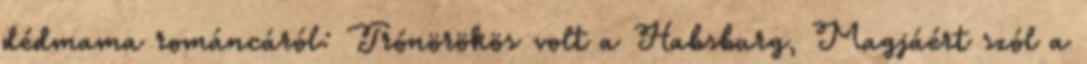
dédmama románcáról: Trónörökös volt a Habsburg, Magjáért szól a